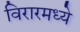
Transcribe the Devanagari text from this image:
विरारमध्ये